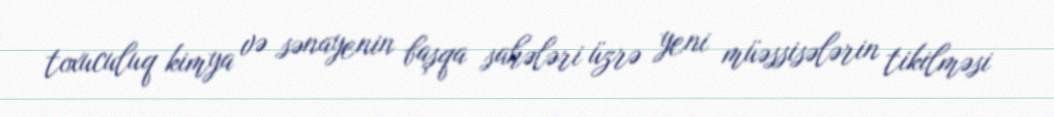
toxuculuq kimya və sənayenin başqa sahələri üzrə yeni müəssisələrin tikilməsi